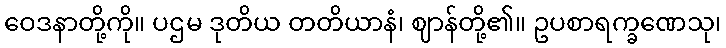
ဝေဒနာတို့ကို။ ပဌမ ဒုတိယ တတိယာနံ၊ ဈာန်တို့၏။ ဥပစာရက္ခဏေသု၊